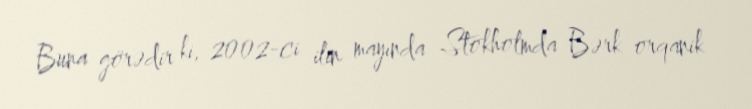
Buna görədir ki, 2002-ci ilin mayında Stokholmda Bərk orqanik